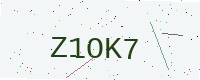
Text: Z1OK7